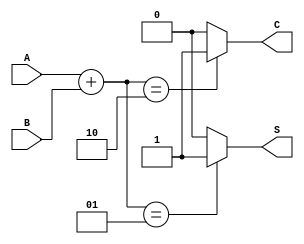
module threshold_half_adder (
    input wire A,  // First binary input
    input wire B,  // Second binary input
    output wire S, // Sum output
    output wire C  // Carry output
);

// Logic for Sum (S)
assign S = (A + B == 1) ? 1 : 0;  // Sum is 1 if A + B equals 1

// Logic for Carry (C)
assign C = (A + B == 2) ? 1 : 0;  // Carry is 1 if A + B equals 2

endmodule